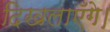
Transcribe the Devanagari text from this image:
दिखलाएँगे।